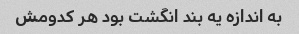
به اندازه یه بند انگشت بود هر کدومش